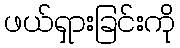
ဖယ်ရှားခြင်းကို